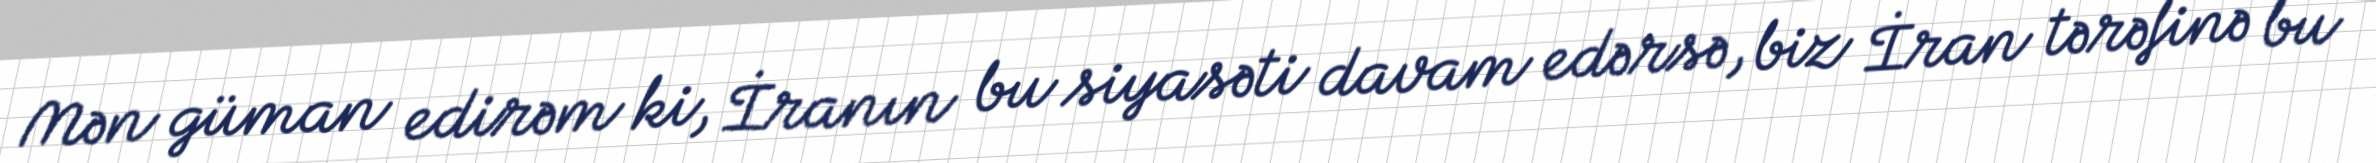
Mən güman edirəm ki, İranın bu siyasəti davam edərsə, biz İran tərəfinə bu